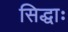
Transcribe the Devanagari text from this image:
सिद्धाः